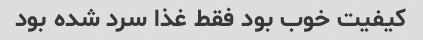
کیفیت خوب بود فقط غذا سرد شده بود